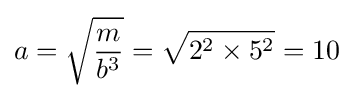
a={\sqrt {\frac {m}{b^{3}}}}={\sqrt {2^{2}\times 5^{2}}}=10